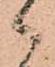
々